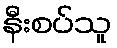
နီးစပ်သူ